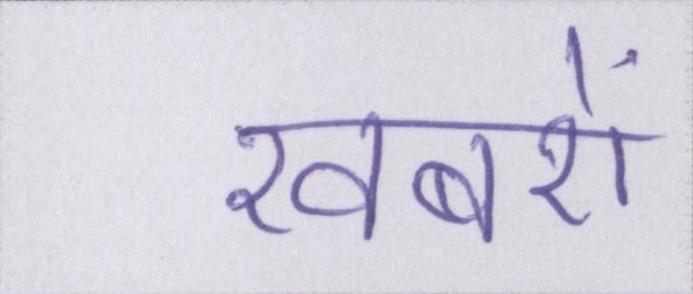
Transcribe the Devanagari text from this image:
खबरों